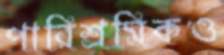
পারিশ্রমিকও